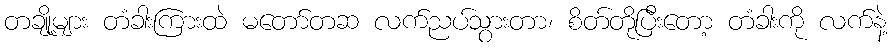
တချို့များ တံခါးကြားထဲ မတော်တဆ လက်ညပ်သွားတာ၊ စိတ်တိုပြီးတော့ တံခါးကို လက်နဲ့